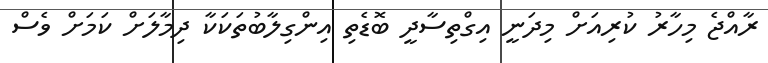
ރާއްޖެ މިހާރު ކުރިއަށް މިދަނީ އިގްތިސާދީ ބޮޑެތި އިންގިލާބުތަކަކާ ދިމާލަށް ކަމަށް ވެސް